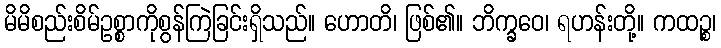
မိမိစည်းစိမ်ဥစ္စာကိုစွန်ကြဲခြင်းရှိသည်။ ဟောတိ၊ ဖြစ်၏။ ဘိက္ခဝေ၊ ရဟန်းတို့။ ကထဉ္စ၊